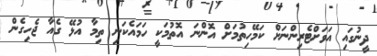
ދީނުގައި އަވަށްޓެރިންނަށް ކަމޭހިތުމަށް އޮންނަ އޮތުމަކީ ހަމައެކަނި ތިމާ އުޅޭ ގެއާ ޖެހިގެން